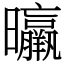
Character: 㬯